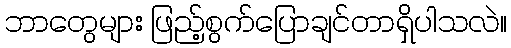
ဘာတွေများ ဖြည့်စွက်ပြောချင်တာရှိပါသလဲ။